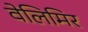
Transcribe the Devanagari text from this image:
वेलिमिर